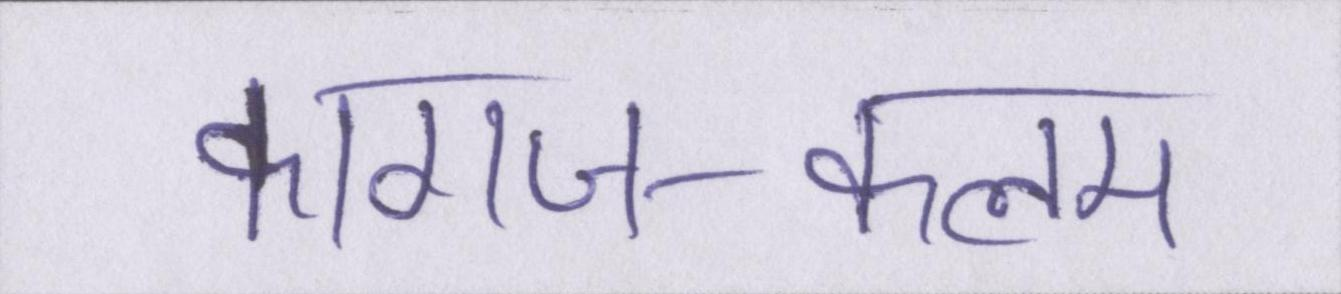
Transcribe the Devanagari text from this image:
कागज-कलम